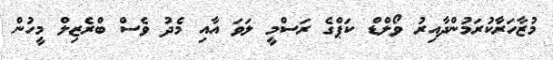
މުޒާހަރާކުރަމުންދާއިރު ވޯލްޑް ކަޕްގެ ރަސްމީ ލަވަ އާއި މެދު ވެސް ބްރެޒިލް މީހުން